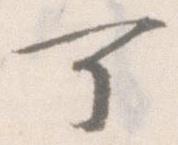
可